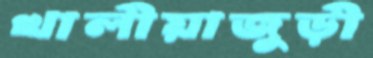
খালীয়াজুড়ী